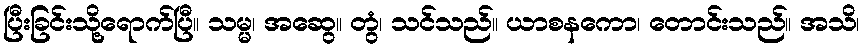
ပြီးခြင်းသို့ရောက်ပြီ။ သမ္မ၊ အဆွေ။ တွံ၊ သင်သည်။ ယာစနကော၊ တောင်းသည်။ အသိ၊